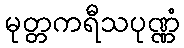
မုတ္တကရီသပုဏ္ဏံ